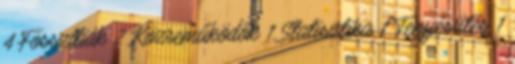
4 Fosszíliák 2 Közreműködők 1 Statisztika 1 Tenyésztés 1